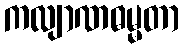
ကလျာဏဓမ္မတာ